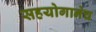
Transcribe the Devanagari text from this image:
सहयोगानेच